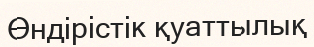
Өндірістік қуаттылық